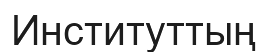
Институттың